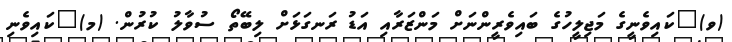
(ވ)	ކައިވެނީގެ މަޖިލީހުގެ ބައިވެރީންނަށް މަންޒަރާއި އަޑު ރަނގަޅަށް ލިބޭތޯ ސުވާލު ކުރުން. (މ)	ކައިވެނި